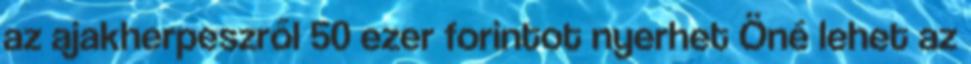
az ajakherpeszről 50 ezer forintot nyerhet Öné lehet az